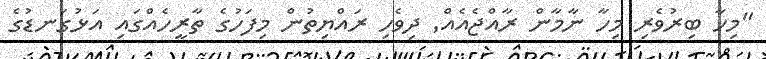
"މިހާ ބިރުވެރި މިހާ ނާމާން ރާއްޖެއެއް